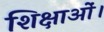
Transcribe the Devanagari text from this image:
शिक्षाओं।